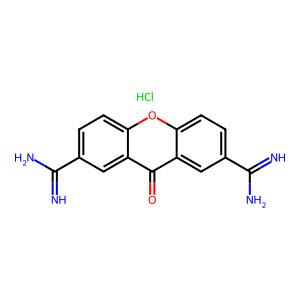
SMILES: Cl.N=C(N)c1ccc2oc3ccc(C(=N)N)cc3c(=O)c2c1
Inhibits HIV replication: No